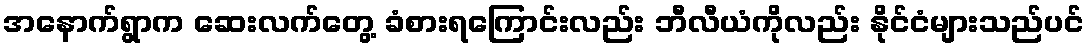
အနောက်ရွာက ဆေးလက်တွေ့ ခံစားရကြောင်းလည်း ဘီလီယံကိုလည်း နိုင်ငံများသည်ပင်